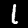
Digit: 1